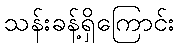
သန်းခန့်ရှိကြောင်း